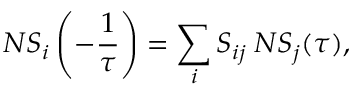
N S _ { i } \left( - { \frac { 1 } { \tau } } \right) = \sum _ { i } S _ { i j } \: N S _ { j } ( \tau ) ,